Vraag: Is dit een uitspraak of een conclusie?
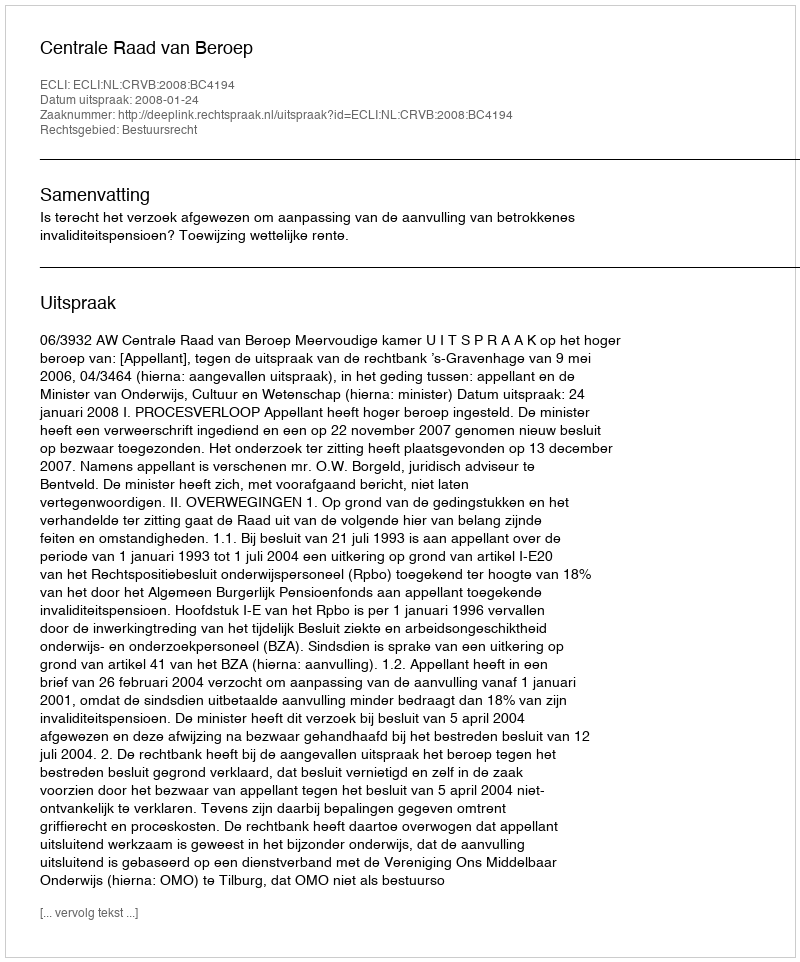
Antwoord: Uitspraak